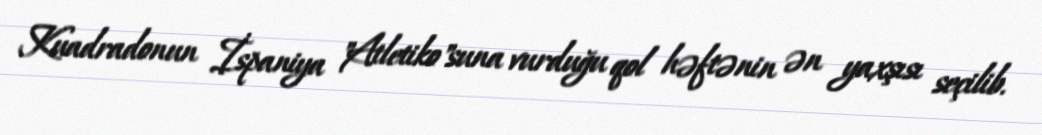
Kuadradonun İspaniya "Atletiko"suna vurduğu qol həftənin ən yaxşısı seçilib.